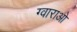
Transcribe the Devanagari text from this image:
ग्वाराओ